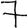
Digit: 7